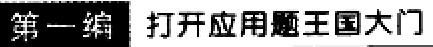
第一编 打开应用题王国大门